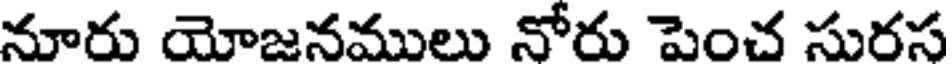
నూరు యోజనములు నోరు పెంచ సురస